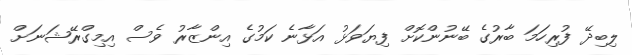
ލިބިދޭ ފުރިހަމަ ބާރުގެ ބޭނުންކޮށް ފިޔަވަޅު އަޅާނެ ކަމުގެ އިންޒާރު ވެސް އިމިގްރޭޝަނަށް